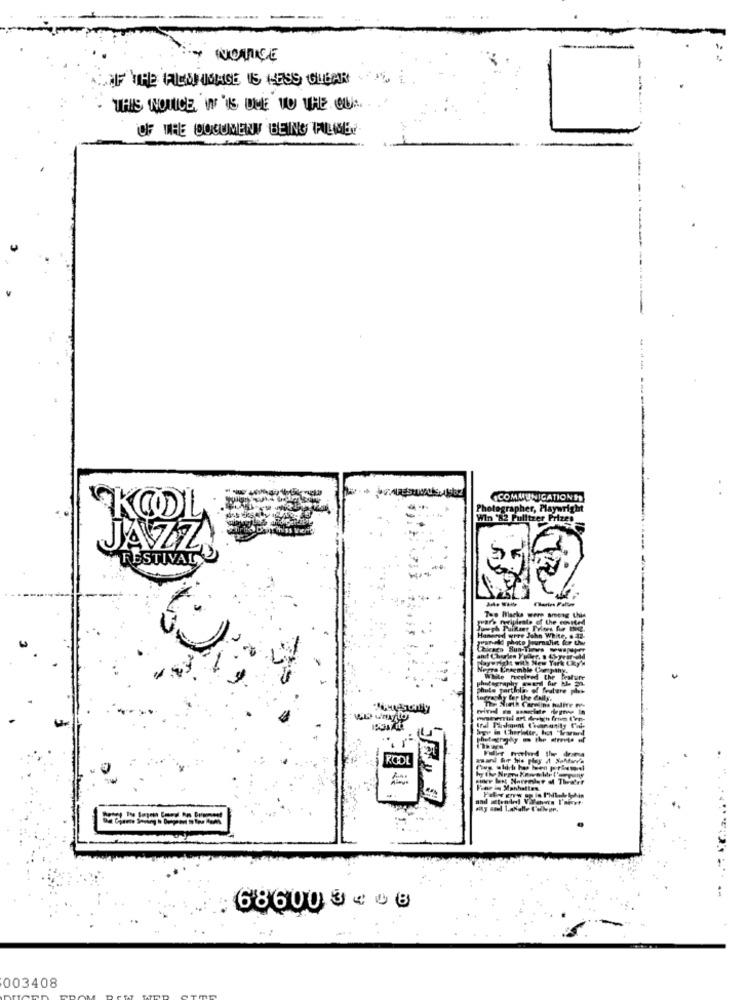
NOTICE
OF THE FILISTINAGE IS HESS CIGAR
THIS NOTICE IT IS ONE TO THE OUA.
OF THE DOCUMENT BEING TILMEY
---
COMMUNICATIONS
JAZZ
FESTIVAL
Tap Macks were among thie
Norra Ensemble
hatecrap
RODE
-
686003408
003408